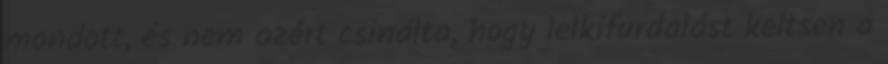
mondott, és nem azért csinálta, hogy lelkifurdalást keltsen a